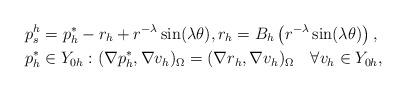
LaTeX: \begin{align*} p_s^h &= p_h^* - r_h + r^{-\lambda}\sin(\lambda\theta), r_h = B_h \left( r^{-\lambda}\sin(\lambda\theta)\right), \\ p_h^*&\in Y_{0h}:(\nabla p_h^*,\nabla v_h)_\Omega = (\nabla r_h,\nabla v_h)_\Omega \quad\forall v_h\in Y_{0h}, \end{align*}